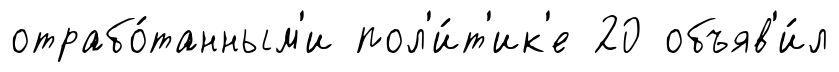
отрабо́танным'и пол'и́т'ик'е 20 объяв'и́л